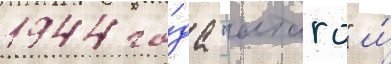
1944 го́да "атаго" и́